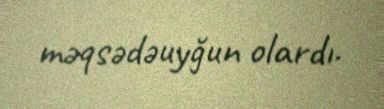
məqsədəuyğun olardı.